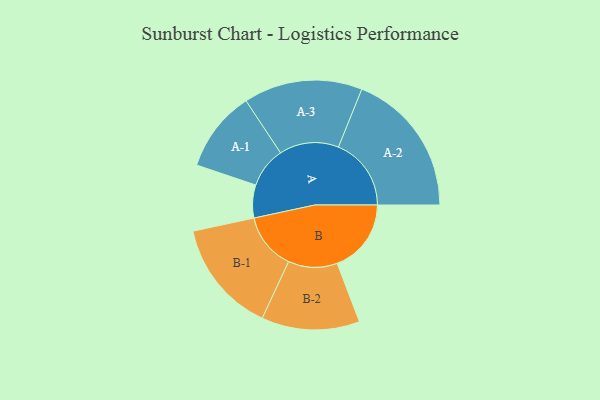
{"axis": {"x": "Segment", "y": "Value"}, "legend": ["", "A", "B"], "data": [{"x": "A", "y": 108, "type": ""}, {"x": "B", "y": 243, "type": ""}, {"x": "A-1", "y": 133, "type": "A"}, {"x": "A-2", "y": 239, "type": "A"}, {"x": "A-3", "y": 195, "type": "A"}, {"x": "B-1", "y": 186, "type": "B"}, {"x": "B-2", "y": 161, "type": "B"}]}